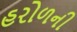
હરોળની